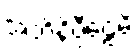
အဘိနိပ္ပီဠေမိ